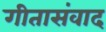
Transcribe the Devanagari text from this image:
गीतासंवाद